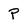
Character: P